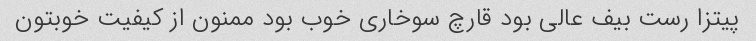
پیتزا رست بیف عالی بود قارچ سوخاری خوب بود ممنون از کیفیت خوبتون